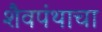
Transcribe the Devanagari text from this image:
शैवपंथाचा